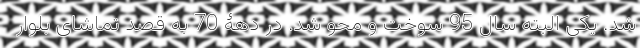
شد. یکی البته سال 95 سوخت و محو شد. در دهۀ 70 به قصد تماشای بلوار